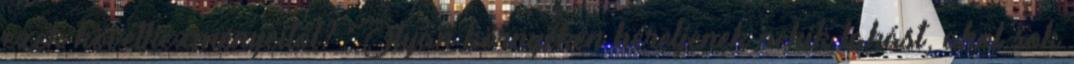
ezek következményeitől? Olyan környéken béreljenek nekik lakást, ahol sok